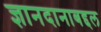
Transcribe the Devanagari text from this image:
ज्ञानदानाबद्दल